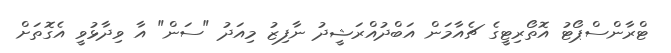
ޓްރާންސްޕޯޓު އޮތޯރިޓީގެ ޗެއާމަން އަބްދުއްރަޝީދު ނާފިޒު މިއަދު "ސަން" އާ ވިދާޅުވީ އެގޮތަށް